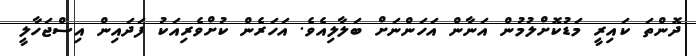
ދޮންތަ ކައިރީ މަޑުކޮށްލުމުން އަނާން އަހަންނަށް ބަލާލިއެވެ. އަހަރެން ކުށްވެރިއަކު ފަދައިން އިސްޖަހާލީ